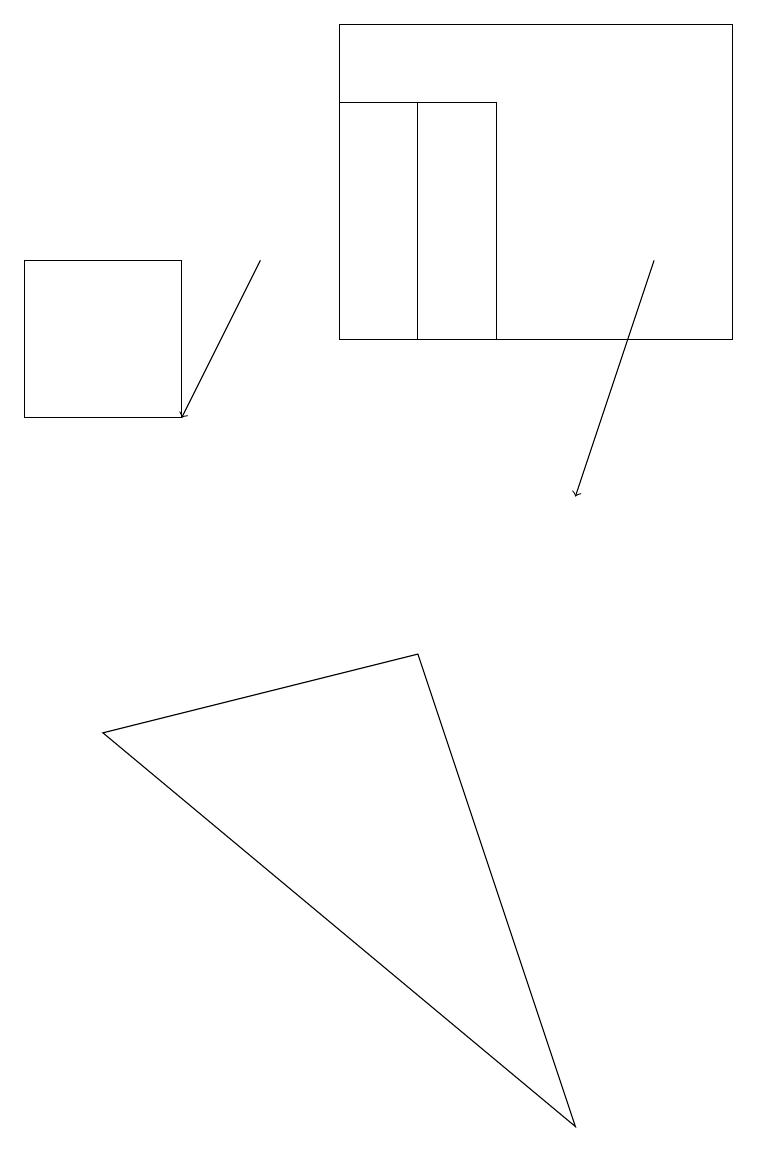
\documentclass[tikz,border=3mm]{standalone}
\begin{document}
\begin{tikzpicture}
\draw (7,2) -- (1,7) -- (5,8) -- cycle;
\draw[->] (3,13) -- (2,11);
\draw (5,15) rectangle (4,12);
\draw (4,12) rectangle (9,16);
\draw (4,15) rectangle (6,12);
\draw[->] (8,13) -- (7,10);
\draw (2,12) rectangle (2,13);
\draw (2,13) rectangle (0,11);
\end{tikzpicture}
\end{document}